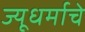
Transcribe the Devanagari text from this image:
ज्यूधर्माचे